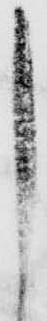
し